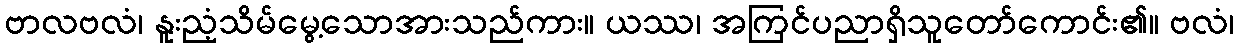
ဗာလဗလံ၊ နူးညံ့သိမ်မွေ့သောအားသည်ကား။ ယဿ၊ အကြင်ပညာရှိသူတော်ကောင်း၏။ ဗလံ၊